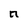
Character: n